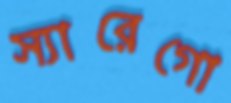
স্যারেগো